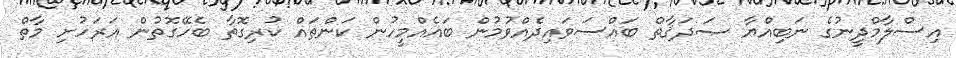
އިސްލާމްދީނުގެ ނަބިއްޔާ ޞަދަޤާތް ބައްސަވައިދެއްވުމުން ބައެއްމީހުން ކަންތައް ކުރިގޮތާ ބެހޭގޮތުން އަރަހުށި މާތް